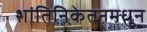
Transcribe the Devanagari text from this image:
शांतिनिकेतनमधून